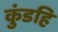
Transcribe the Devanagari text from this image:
कुंडहि